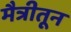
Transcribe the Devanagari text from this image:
मैत्रीतून